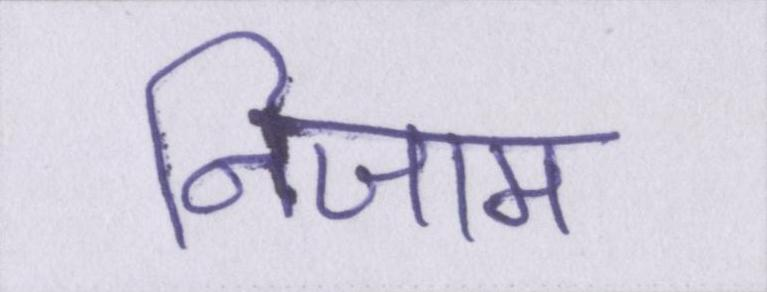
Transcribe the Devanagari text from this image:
निजाम